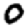
Digit: 0